Madras plague regulations and rules - Volume 2
Disease focus: Plague
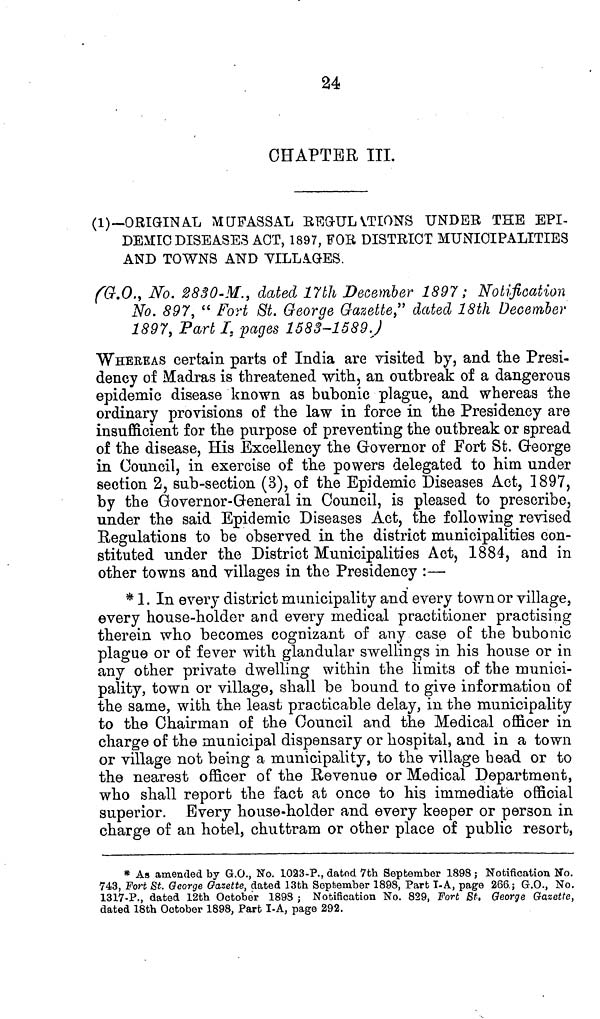
24
CHAPTER III.
(1)—ORIGINAL MUFASSAL REGULATIONS UNDER THE EPI-
DEMIC DISEASES ACT, 1897, FOR DISTRICT MUNICIPALITIES
AND TOWNS AND VILLAGES.
(G.O., No. 2830-M., dated 17th December 1897; Notification
No. 897, "Fort St. George Gazette" dated 18th December
1897, Part I, pages 1583-1589.)
WHEREAS certain parts of India are visited by, and the Presi-
dency of Madras is threatened with, an outbreak of a dangerous
epidemic disease known as bubonic plague, and whereas the
ordinary provisions of the law in force in the Presidency are
insufficient for the purpose of preventing the outbreak or spread
of the disease, His Excellency the Governor of Fort St. George
in Council, in exercise of the powers delegated to him under
section 2, sub-section (3), of the Epidemic Diseases Act, 1897,
by the Governor-General in Council, is pleased to prescribe,
under the said Epidemic Diseases Act, the following revised
Regulations to be observed in the district municipalities con-
stituted under the District Municipalities Act, 1884, and in
other towns and villages in the Presidency :—
* 1. In every district municipality and every town or village,
every house-holder and every medical practitioner practising
therein who becomes cognizant of any case of the bubonic
plague or of fever with glandular swellings in his house or in
any other private dwelling within the limits of the munici-
pality, town or village, shall be bound to give information of
the same, with the least practicable delay, in the municipality
to the Chairman of the Council and the Medical officer in
charge of the municipal dispensary or hospital, and in a town
or village not being a municipality, to the village head or to
the nearest officer of the Revenue or Medical Department,
who shall report the fact at once to his immediate official
superior. Every house-holder and every keeper or person in
charge of an hotel, chuttram or other place of public resort,
* As amended by G.O., No. 1023-P., dated 7th September 1898 ; Notification No.
743, Fort St. George Gazette, dated 13th September 1898, Part I-A, page 266; G.O., No.
1317-P., dated 12th October 1898 ; Notification No. 829, Fort St. George Gazette,
dated 18th October 1898, Part I-A, page 292.